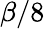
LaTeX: \beta/8